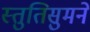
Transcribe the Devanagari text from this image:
स्तुतिसुमने